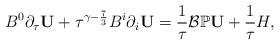
LaTeX: \begin{align*}B^0\partial_{\tau}\mathbf{U}+\tau^{\gamma-\frac{7}{3}}B^i\partial_{i}\mathbf{U}=\frac{1}{\tau}\mathcal{B}\mathbb{P}\mathbf{U}+\frac{1}{\tau}H,\end{align*}